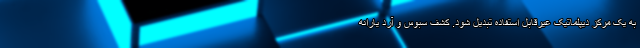
به یک مرکز دیپلماتیک غیرقابل استفاده تبدیل شود. کشف سبوس و آرد یارانه